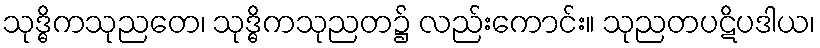
သုဒ္ဓိကသုညတေ၊ သုဒ္ဓိကသုညတ၌ လည်းကောင်း။ သုညတပဋိပဒါယ၊